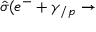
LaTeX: \hat { \sigma } ( e ^ { - } + \gamma _ { / p } \rightarrow